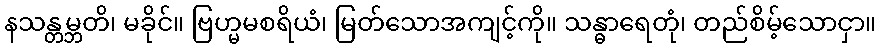
နသန္တမ္ဘတိ၊ မခိုင်။ ဗြဟ္မမစရိယံ၊ မြတ်သောအကျင့်ကို။ သန္ဓာရေတုံ၊ တည်စိမ့်သောငှာ။